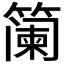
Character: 𮆏